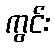
ကွင်း